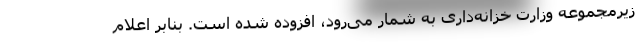
زیرمجموعه وزارت خزانه‌داری به شمار می‌رود، افزوده شده است. بنابر اعلام